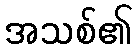
အသစ်၏